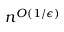
n ^ { O ( 1 / \epsilon ) }